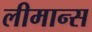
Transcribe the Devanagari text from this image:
लीमान्स